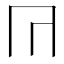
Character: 𭁟